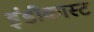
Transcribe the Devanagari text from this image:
इंडीकास्ट